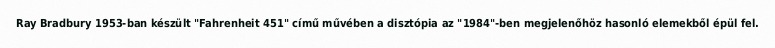
Ray Bradbury 1953-ban készült "Fahrenheit 451" című művében a disztópia az "1984"-ben megjelenőhöz hasonló elemekből épül fel.